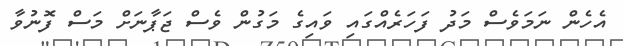
އެހެން ނަމަވެސް މަދު ފަހަރެއްގައި ވައިގެ މަގުން ވެސް ޖަޕާނަށް މަސް ފޮނުވާ